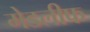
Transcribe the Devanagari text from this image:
मेडलीफ